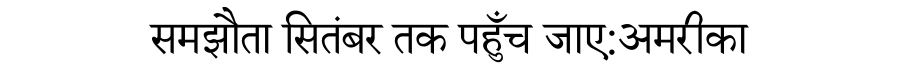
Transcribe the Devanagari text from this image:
समझौता सितंबर तक पहुँच जाए:अमरीका